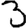
Digit: 3